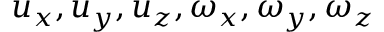
u _ { x } , u _ { y } , u _ { z } , \omega _ { x } , \omega _ { y } , \omega _ { z }